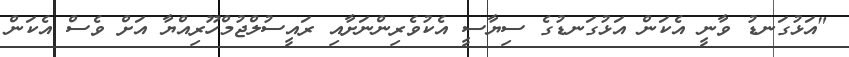
"އަޅުގަނޑު ވާނީ އެކަން އަޅުގަނޑުގެ ސިޔާސީ އެކުވެރިންނަށާއި ރައީސުލްޖުމްހޫރިއްޔާ އަށް ވެސް އެކަން